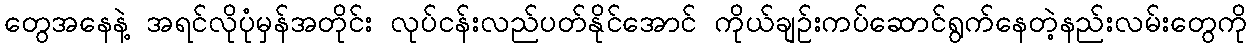
တွေအနေနဲ့ အရင်လိုပုံမှန်အတိုင်း လုပ်ငန်းလည်ပတ်နိုင်အောင် ကိုယ်ချဉ်းကပ်ဆောင်ရွက်နေတဲ့နည်းလမ်းတွေကို